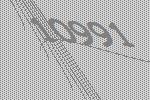
10991